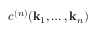
{ c } ^ { ( n ) } ( \mathbf { k } _ { 1 } , \ldots , \mathbf { k } _ { n } )